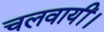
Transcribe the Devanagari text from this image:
चलवायीं।